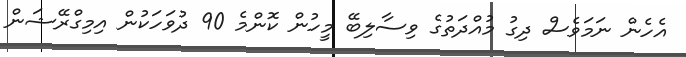
އެހެން ނަމަވެސް ދިގު މުއްދަތުގެ ވިސާލިބޭ މީހުން ކޮންމެ 90 ދުވަހަކުން އިމިގްރޭޝަން